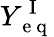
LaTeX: Y_{\mathrm{~e~q~}}^{\mathrm{~I~}}